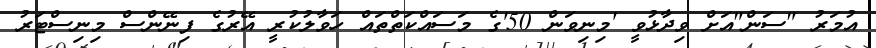
އުމަރު "ސަން"އަށް ވިދާޅުވީ 'މިނިވަން 50'ގެ މަސައްކަތްތައް ހަވާލުކުރީ އޭރުގެ ފިނޭންސް މިނިސްޓަރު